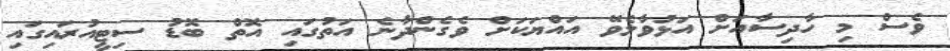
ވެސް މި ހާދިސާއަށް އަޅުވާލެވޭ އައްޔަކަށް ވެގެންދާނެ އަތުގައި އޮތް ބޮޑު ސިޓީއުރައިގައި